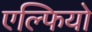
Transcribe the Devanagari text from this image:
एल्फियो